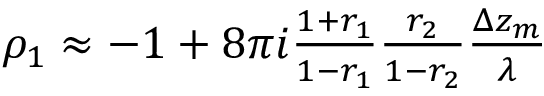
\begin{array} { r } { \rho _ { 1 } \approx - 1 + 8 \pi i \frac { 1 + r _ { 1 } } { 1 - r _ { 1 } } \frac { r _ { 2 } } { 1 - r _ { 2 } } \frac { \Delta z _ { m } } { \lambda } } \end{array}